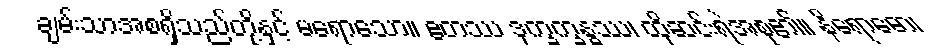
ချမ်းသာအစရှိသည်တို့နှင့် မရောသော။ ဧတဿ ဒုက္ခက္ခန္ဓဿ၊ ထိုဆင်းရဲအစု၏။ နိရောဓော၊